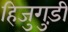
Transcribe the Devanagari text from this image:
हिजुगुड़ी